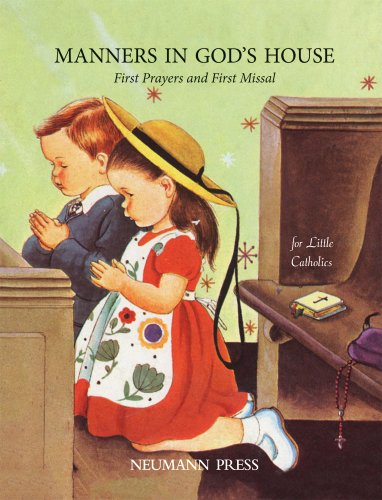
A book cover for Manners in God's House: First Prayers and First Missal; Neumann Press; Christian Books & Bibles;